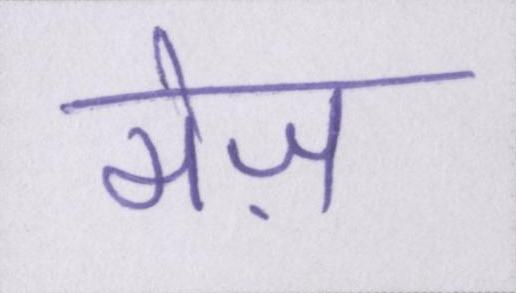
मेज़